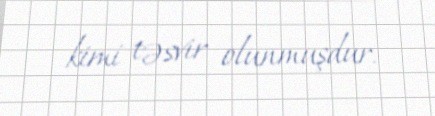
kimi təsvir olunmuşdur.